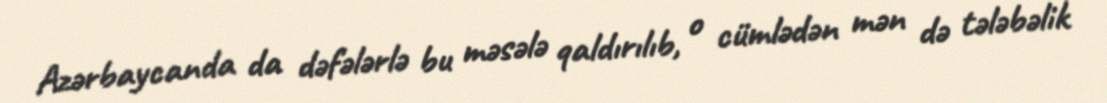
Azərbaycanda da dəfələrlə bu məsələ qaldırılıb, o cümlədən mən də tələbəlik